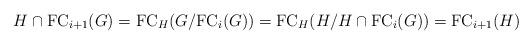
LaTeX: \begin{align*}H\cap \mathrm{FC}_{i+1}(G)=\mathrm{FC}_H(G/\mathrm{FC}_i(G)) = \mathrm{FC}_H(H/H\cap \mathrm{FC}_i(G)) = \mathrm{FC}_{i+1}(H)\end{align*}